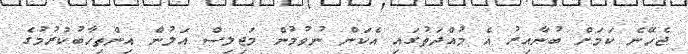
ޖެހޭނެ ކަމަށް ބުނާއިރު އެ މުއްދަތުގައި އެކަން ނުވުމުން މަޖިލިސް އަލުން އިންތިހާބުކުރުމުގެ